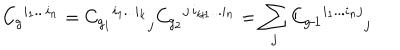
{ C _ { g } } ^ { i _ { 1 } . . . i _ { n } } = { { C _ { g _ { 1 } } } ^ { i _ { 1 } . . . i _ { k } } } _ { j } { C _ { g _ { 2 } } } ^ { j \, i _ { k \! + \! 1 } . . . i _ { n } } = \sum _ { j } { { C _ { g \! - \! 1 } } ^ { i _ { 1 } . . . i _ { n } j } } _ { j }